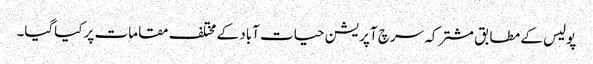
پولیس کے مطابق مشترکہ سرچ آپریشن حیات آباد کے مختلف مقامات پر کیاگیا۔